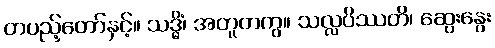
တပည့်တော်နှင့်။ သဒ္ဓိံ၊ အတူတကွ။ သလ္လပိဿတိ၊ ဆွေးနွေး